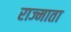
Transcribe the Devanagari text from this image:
राज्माता